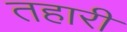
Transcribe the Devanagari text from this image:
तहारी